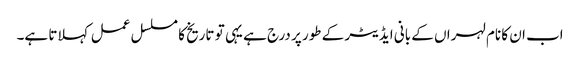
اب ان کا نام لہراں کے بانی ایڈیٹر کے طور پر درج ہے یہی تو تاریخ کا مسلسل عمل کہلاتا ہے۔